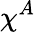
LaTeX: \chi^{A}